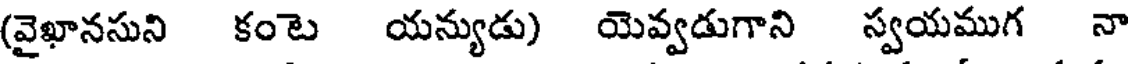
(వైఖానసుని కంట యన్యుడు) యెవ్వడుగాని స్వయముగ నా